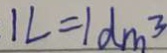
1 L = 1 d m ^ { 3 }